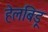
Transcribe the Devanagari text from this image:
हेलबिड़ू